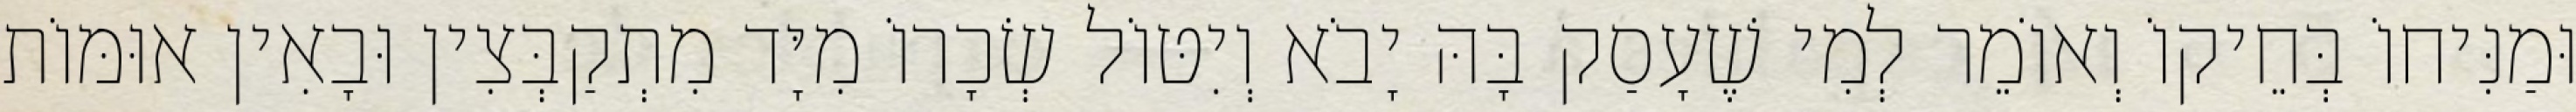
וּמַנִּיחוֹ בְּחֵיקוֹ וְאוֹמֵר לְמִי שֶׁעָסַק בָּהּ יָבֹא וְיִטּוֹל שְׂכָרוֹ מִיָּד מִתְקַבְּצִין וּבָאִין אוּמּוֹת